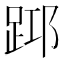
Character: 𨀯